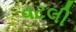
વટલી